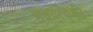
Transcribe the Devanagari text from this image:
अतात्विकी